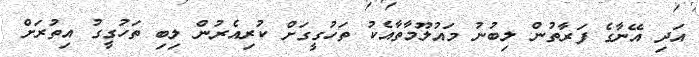
އަދި އޭނާގެ ފަރާތުން ލިބުނު މައުލޫމާތާއެކު ތަހުގީގަށް ކުރިއެރުން ލިބި ތަހުގީގު އިތުރަށް